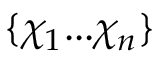
\{ \chi _ { 1 } . . . \chi _ { n } \}